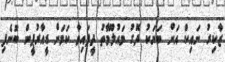
ޒާކިރު ނައިކް އަށް ބަޔަކު ދޮގު މައުލޫމާތު ދީފައިވާ ކަމަށް ޑީއާރުޕީން ބުނެފި